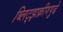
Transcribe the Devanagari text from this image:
ब्लिट्झक्रीगपुढे